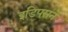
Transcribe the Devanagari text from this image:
इडिपसने